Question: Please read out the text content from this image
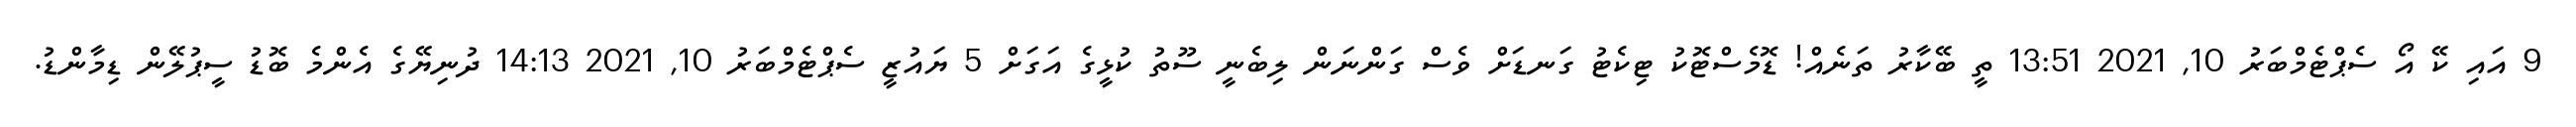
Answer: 9 އައި ކޭ އޯ ސެޕްޓެމްބަރު 10, 2021 13:51 ތީ ބޭކާރު ތަނެއް! ޑޮމެސްޓޮކު ޓިކެޓު ގަނޑަށް ވެސް ގަންނަން ލިބެނީ ސޫތު ކުޅީގެ އަގަށް 5 ޔައުޒީ ސެޕްޓެމްބަރު 10, 2021 14:13 ދުނިޔޭގެ އެންމެ ބޮޑު ސީޕުލޭން ޑިމާންޑު.